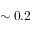
\sim 0 . 2